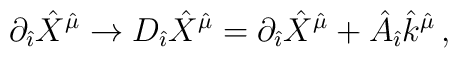
\partial_{\hat \imath}{\hat X}^{\hat \mu}\rightarrow D_{\hat \imath}{\hat X}^{\hat \mu}=\partial_{\hat \imath}{\hat X}^{\hat \mu}+{\hat A}_{\hat \imath}{\hat k}^{\hat \mu}\, ,